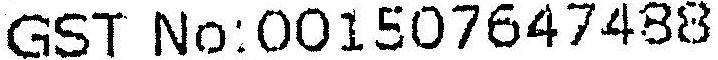
GST NO:001507647488